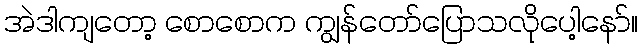
အဲဒါကျတော့ စောစောက ကျွန်တော်ပြောသလိုပေါ့နော်။